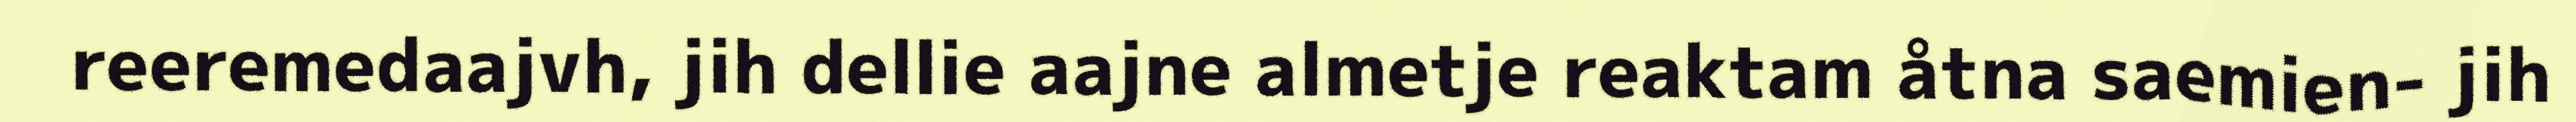
reeremedaajvh, jih dellie aajne almetje reaktam åtna saemien- jih